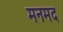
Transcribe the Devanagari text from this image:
मनमद